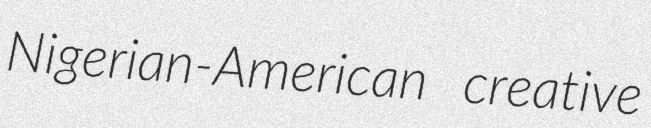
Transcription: Nigerian-American creative